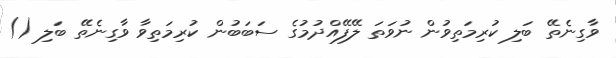
ވާގިނެތޭ ބަލި ކުރިމަތިވުން ނުވަތަ ލޭފޭއްދުމުގެ ސަބަބުން ކުރިމަތިވާ ވާގިނެތޭ ބަލި ()